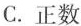
C.正数